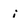
Character: i